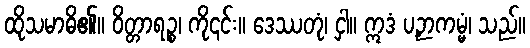
ထိုသမာဓိ၏။ ဝိတ္တာရဉ္စ၊ ကို၎င်း။ ဒေဿတုံ၊ ငှါ။ ဣဒံ ပဉှာကမ္မံ၊ သည်။